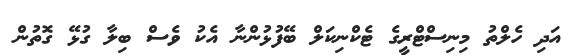
އަދި ހެލްތު މިނިސްޓްރީގެ ޓެކްނިކަލް ބޭފުޅުންނާ އެކު ވެސް ބިލާ ގުޅޭ ގޮތުން